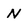
Character: N